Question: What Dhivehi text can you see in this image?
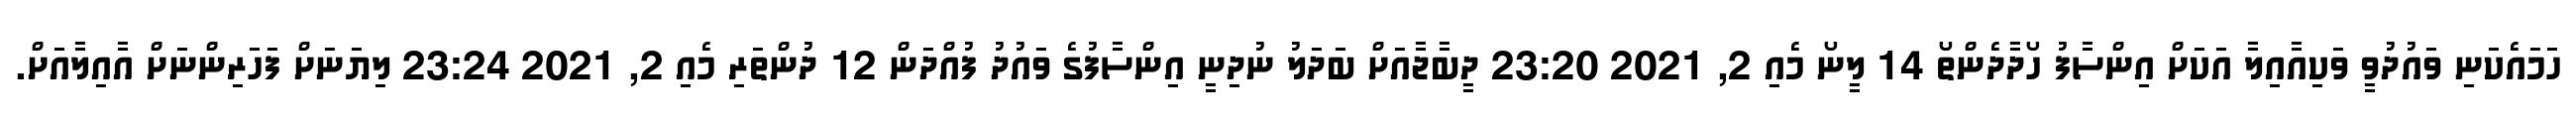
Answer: ހަމައެކަނި ވައުދުވީ ވަކިއާއިލާ އަކަށް އިންސާފު ހޯދާދެންތޯ 14 ލީނޯ މެއި 2, 2021 23:20 ދީބާޖާއަށް ބަދަލު ނުދިނީ އިންސާފުގެ ވައުދު ފުއްދަން 12 ދުންތަރި މެއި 2, 2021 23:24 ލިޔަނަށް ފަހަރިންނަށް އާއިލާއަށް.